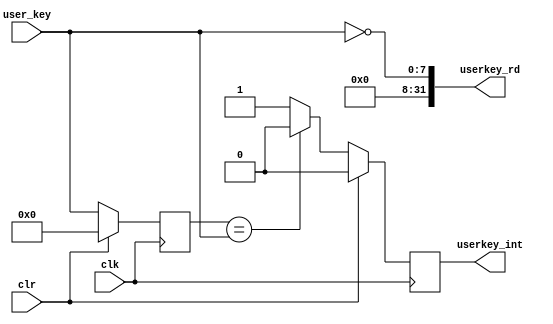
`timescale 1ns / 1ps
module userkeydriver(clk,clr,user_key,userkey_rd,userkey_int);
input [7:0] user_key;
input clk,clr;
output[31:0] userkey_rd;
output reg userkey_int;

assign userkey_rd={24'b0,~user_key};
reg [7:0] keyold;
always @(posedge clk)
	begin
		if(clr)
			begin
				userkey_int<=0;
				keyold<=0;
			end
		else 
			begin
				keyold<=user_key;
				if (keyold==user_key)
					userkey_int<=0;
				else
			     userkey_int<=1;
			end
	end


endmodule